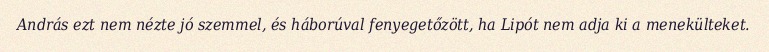
András ezt nem nézte jó szemmel, és háborúval fenyegetőzött, ha Lipót nem adja ki a menekülteket.